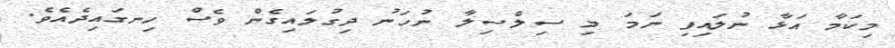
މިކަމާ އަޅާ ނުލައިފި ނަމަ މި ސިލްސިލާ ނުހަނު ދިގުލައިގެން ވެސް ހިނގައިދެއެވެ.